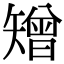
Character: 矰